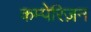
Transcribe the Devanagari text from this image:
कम्पेरिज़न